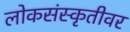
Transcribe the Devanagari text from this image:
लोकसंस्कृतीवर